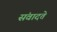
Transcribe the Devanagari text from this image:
संवादते